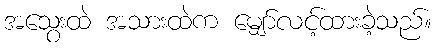
အသွေးထဲ အသားထဲက မျှော်လင့်ထားခဲ့သည်။